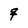
Character: g